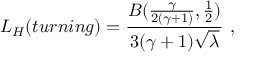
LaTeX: L _ { H } ( t u r n i n g ) = \frac { B ( \frac { \gamma } { 2 ( \gamma + 1 ) } , \frac 1 2 ) } { 3 ( \gamma + 1 ) \sqrt { \lambda } } \ ,